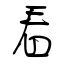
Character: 看